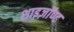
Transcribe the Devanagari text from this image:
शाइज़ॉण्ट